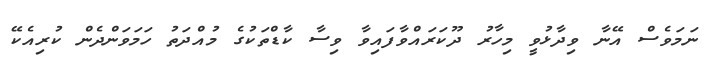
ނަމަވެސް އޭނާ ވިދާޅުވީ މިހާރު ދޫކަރައްވާފައިވާ ވިސާ ކާޑްތަކުގެ މުއްދަތު ހަމަވަންދެން ކުރިއެކޭ